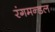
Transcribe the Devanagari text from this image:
रंगमन्डल